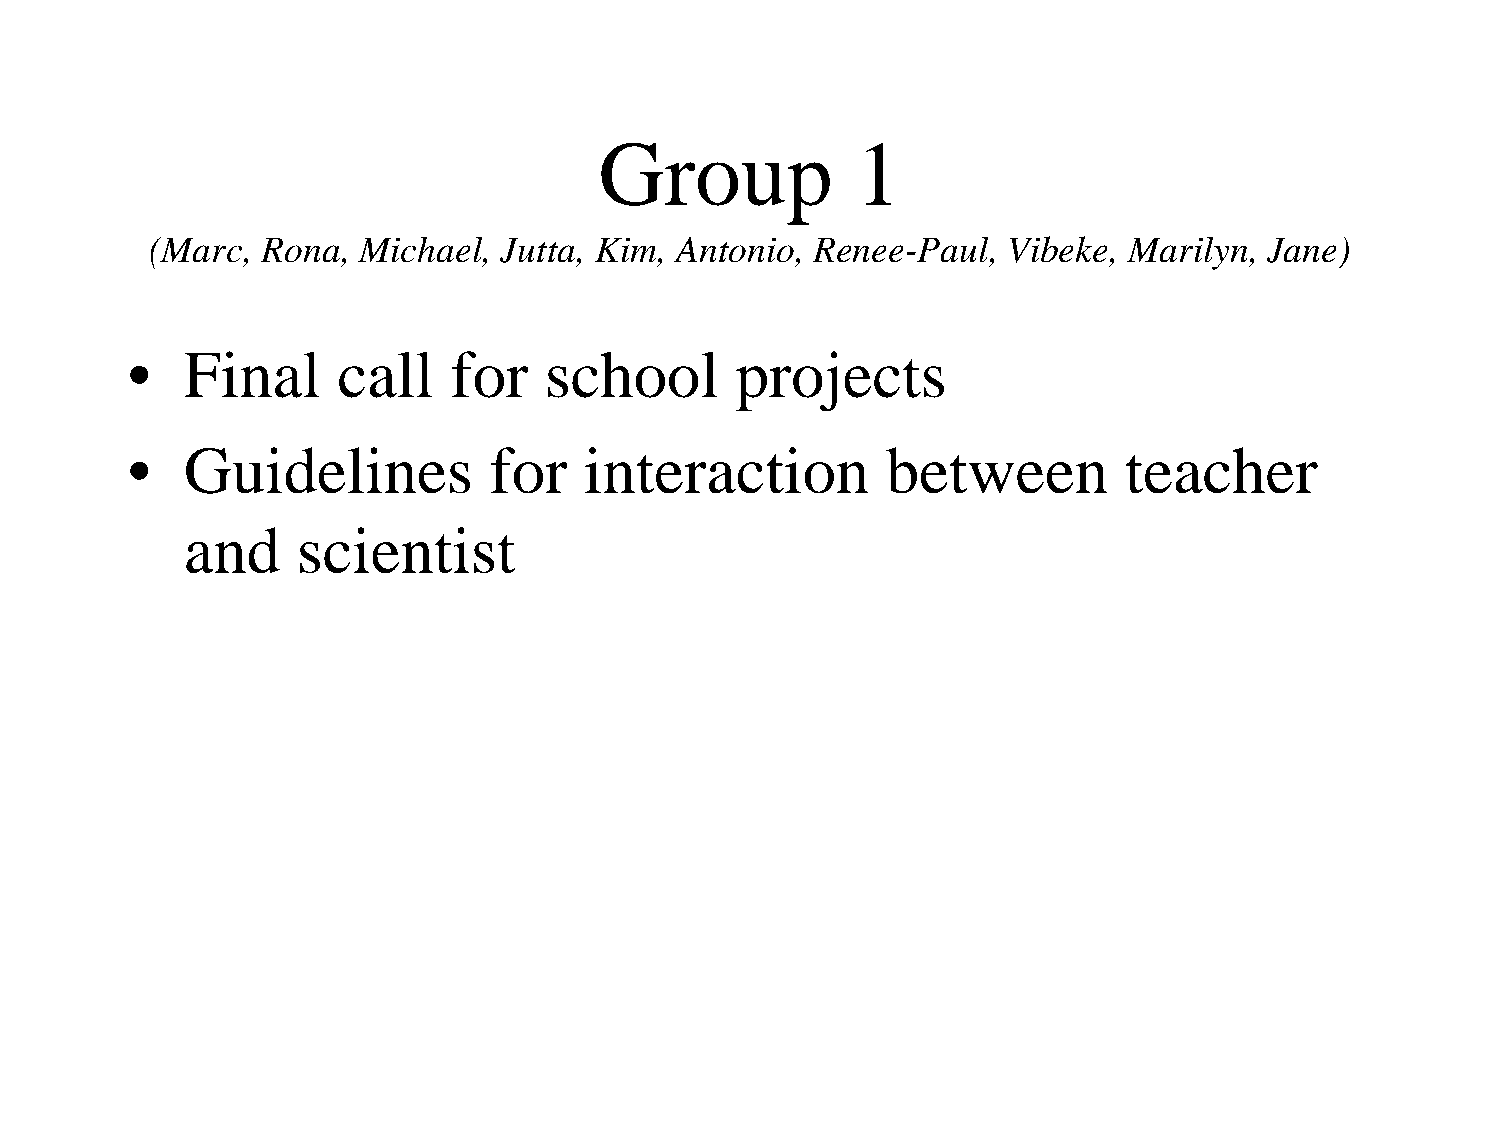
Group            1
 (Marc, Rona,  Michael, Jutta, Kim, Antonio, Renee-Paul,  Vibeke, Marilyn, Jane)
 •   Final     call    for   school       projects
 •   Guidelines          for    interaction         between        teacher
 and     scientist